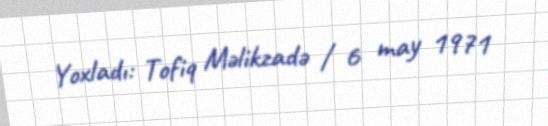
Yoxladı: Tofiq Məlikzadə / 6 may 1971